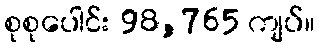
စုစုပေါင်း 98,765 ကျပ်။